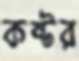
কষ্টর